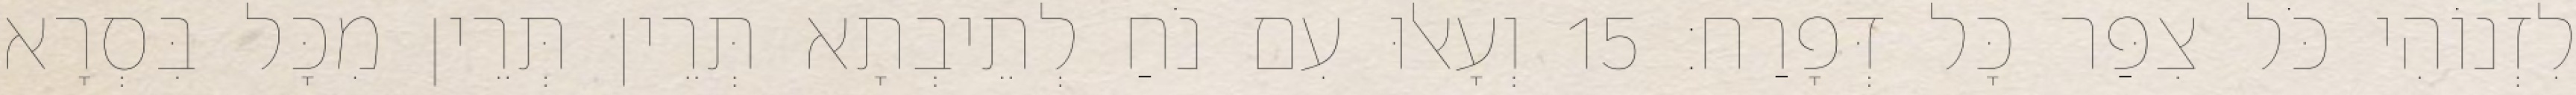
לִזְנוֹהִי כֹּל צִפַּר כָּל דְּפָרַח׃ 15 וְעָאלוּ עִם נֹחַ לְתֵיבְתָא תְּרֵין תְּרֵין מִכָּל בִּסְרָא